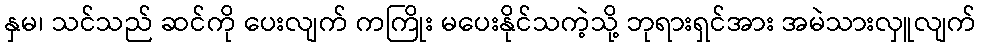
နှမ၊ သင်သည် ဆင်ကို ပေးလျက် ကကြိုး မပေးနိုင်သကဲ့သို့ ဘုရားရှင်အား အမဲသားလှူလျက်